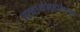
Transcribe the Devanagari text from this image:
तत्वार्थमहाशास्त्र